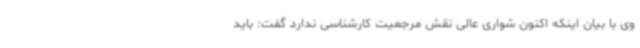
وی با بیان اینکه اکنون شواری عالی نقش مرجعیت کارشناسی ندارد گفت: باید